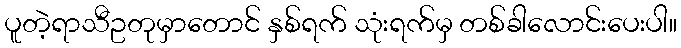
ပူတဲ့ရာသီဥတုမှာတောင် နှစ်ရက် သုံးရက်မှ တစ်ခါလောင်းပေးပါ။